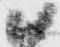
尉